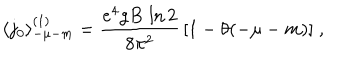
\langle j _ { 0 } \rangle _ { - \mu - m } ^ { ( 1 ) } = \frac { e ^ { 4 } g B \, \ln 2 } { 8 \pi ^ { 2 } } \, [ 1 - \theta ( - \mu - m ) ] \; ,